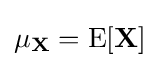
\mathbf {\mu _{X}} =\operatorname {E} [\mathbf {X} ]